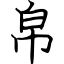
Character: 帛